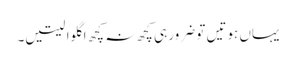
یہاں ہوتیں تو ضرور ہی کچھ نہ کچھ اگلوا لیتیں۔